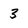
Character: 3